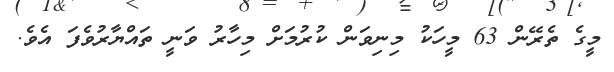
މީގެ ތެރޭން 63 މީހަކު މިނިވަން ކުރުމަށް މިހާރު ވަނީ ތައްޔާރުވެފަ އެވެ.